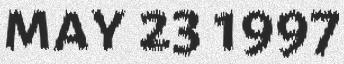
may 23 1997